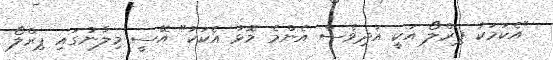
"އެކަމަކު ޕިރްލޯ އަކީ އަދިވެސް އެންމެ މޮޅު އެކަކު" އޭސީ މިލާނުގައި ޕިރްލޯ